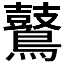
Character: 𪇀